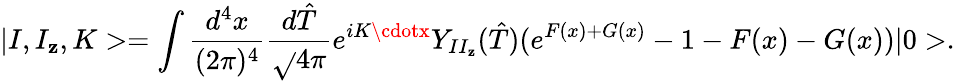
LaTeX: |I,I_{\mathbf{z}},K>=\int\frac{{d^{4}x}}{{(2\pi)^{4}}}\frac{{d\hat{{T}}}}{{\sqrt{}{{4\pi}}}}e^{iK\cdotx}Y_{II_{\mathbf{z}}}(\hat{{T}})(e^{F(x)+G(x)}-1-F(x)-G(x))|0>.